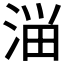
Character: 𰜈